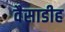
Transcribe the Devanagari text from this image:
वैसाडीह